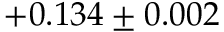
+ 0 . 1 3 4 \pm 0 . 0 0 2